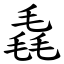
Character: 毳